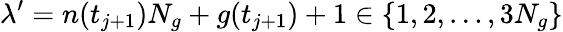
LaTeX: \lambda^{\prime}=n(t_{j+1})N_{g}+g(t_{j+1})+1\in\{ 1,2,\ldots,3N_{g}\}